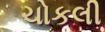
ચોકલી